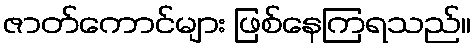
ဇာတ်ကောင်များ ဖြစ်နေကြရသည်။